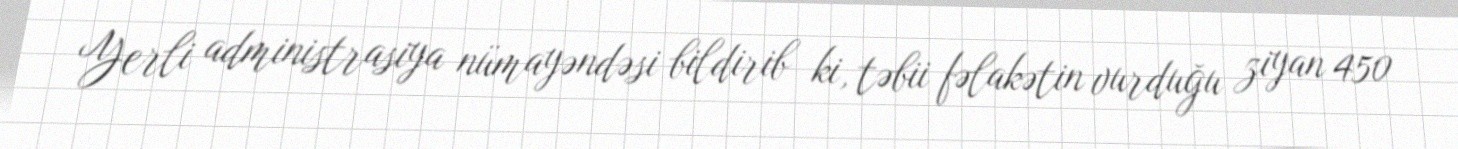
Yerli administrasiya nümayəndəsi bildirib ki, təbii fəlakətin vurduğu ziyan 450